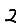
Digit: 2